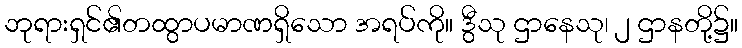
ဘုရားရှင်၏တထွာပမာဏရှိသော အရပ်ကို။ ဒွီသု ဌာနေသု၊ ၂ ဌာနတို့၌။